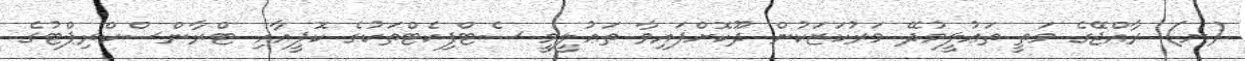
(ށ) ރާއްޖޭގެ މަތީ ތަޢުލީމުދޭ މަރުކަޒަކުން ދޫކޮށްފައިވާ ތަޢުލީމީ ސެޓްފިކެޓްތަކުގެ ކޮޕީއާއި ޓްރާންސްކްރިޕްޓުގެ